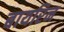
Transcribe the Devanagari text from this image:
बायरिन